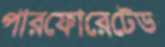
পারফোরেটেড